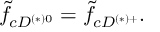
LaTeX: \tilde { f } _ { c D ^ { ( * ) 0 } } = \tilde { f } _ { c D ^ { ( * ) + } } .